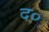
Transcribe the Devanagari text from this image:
द०